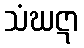
သံဃဋာ